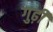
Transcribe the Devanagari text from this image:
गुढ़ी